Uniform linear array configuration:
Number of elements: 64
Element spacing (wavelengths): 0.5
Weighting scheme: blackman
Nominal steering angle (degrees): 60
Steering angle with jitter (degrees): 58.491
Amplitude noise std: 0.05
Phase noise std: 0.05

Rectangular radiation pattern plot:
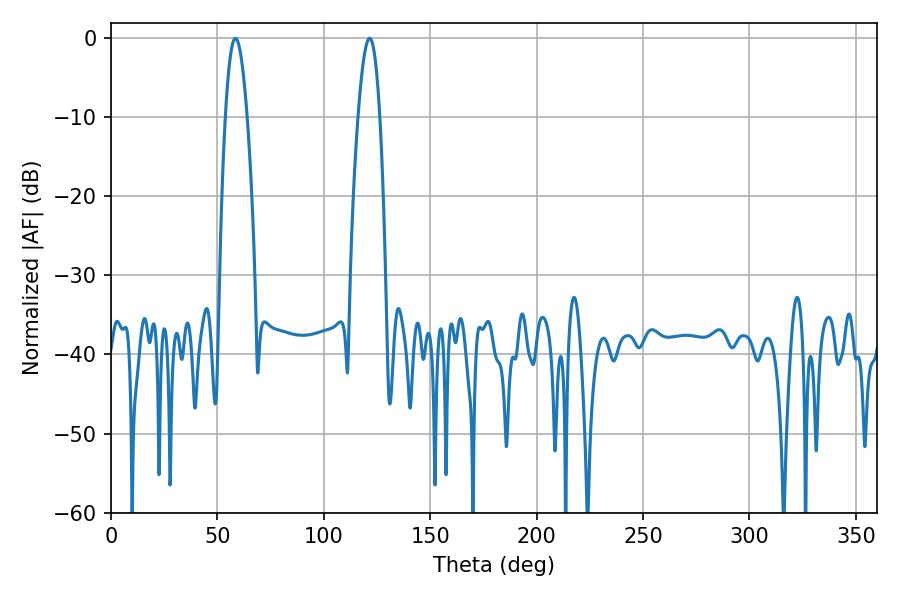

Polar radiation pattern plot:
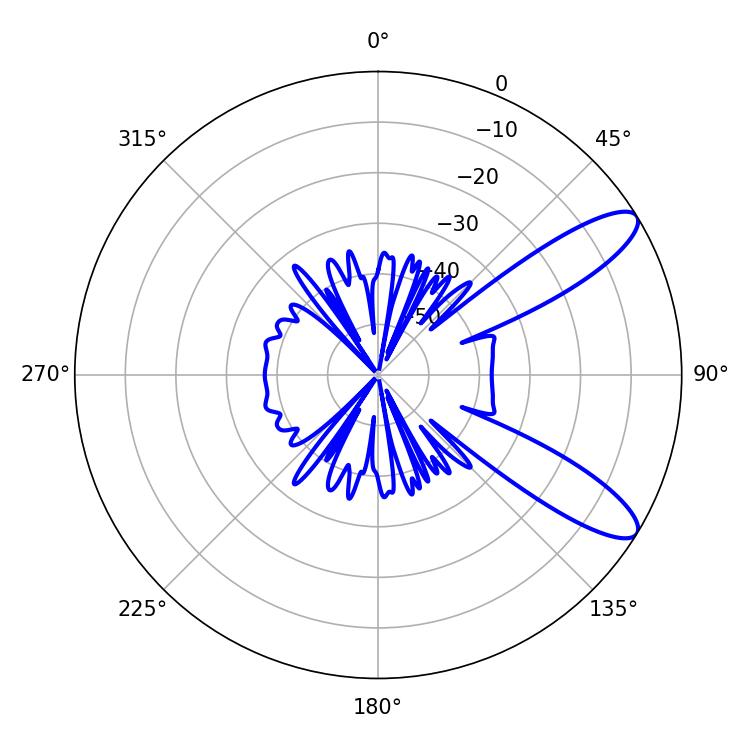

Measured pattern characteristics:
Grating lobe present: FALSE
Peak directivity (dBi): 10.445
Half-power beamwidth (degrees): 5.58
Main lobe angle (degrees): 58.5